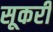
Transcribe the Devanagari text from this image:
सूकरी